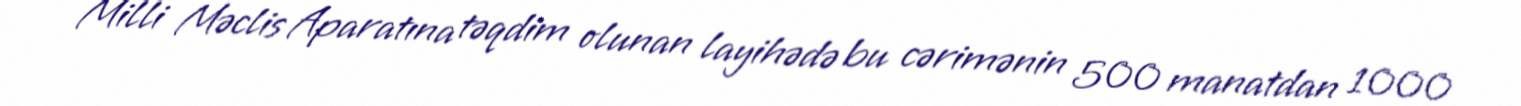
Milli Məclis Aparatına təqdim olunan layihədə bu cərimənin 500 manatdan 1000